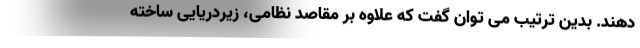
دهند. بدین ترتیب می توان گفت که علاوه بر مقاصد نظامی، زیردریایی ساخته